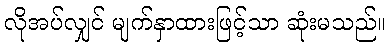
လိုအပ်လျှင် မျက်နှာထားဖြင့်သာ ဆုံးမသည်။